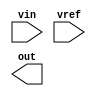
module adc(
    input vin,
    input vref,

    output out
);

endmodule